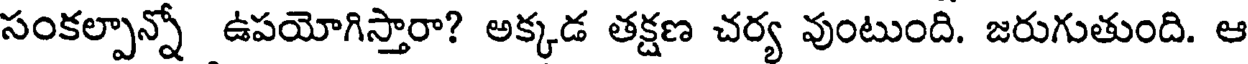
సంకల్పాన్నో ఉపయోగిస్తారా? అక్కడ తక్షణ చర్య వుంటుంది. జరుగుతుంది. ఆ